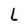
Character: L